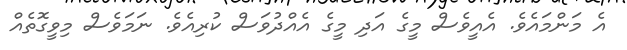
އެ މަންމައެވެ. އެއީވެސް މީގެ އަދި މީގެ އެއްދުވަސް ކުރިއެވެ. ނަމަވެސް މިވީގޮތެއް